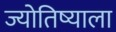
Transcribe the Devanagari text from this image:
ज्योतिष्याला